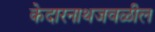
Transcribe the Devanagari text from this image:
केदारनाथजवळील